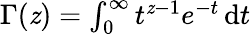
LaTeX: \textstyle\Gamma(\mathit{z})=\int_{0}^{\infty}t^{\mathit{z}-1}e^{-t}\, \mathrm{{d}}t